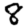
Digit: 8